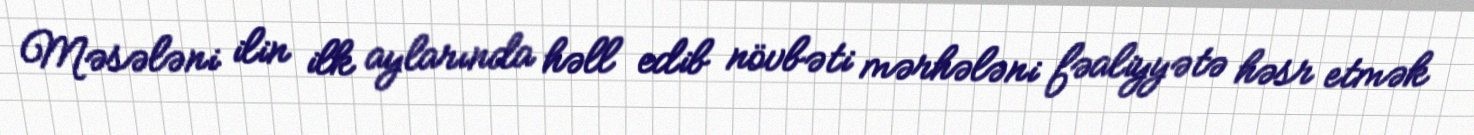
Məsələni ilin ilk aylarında həll edib növbəti mərhələni fəaliyyətə həsr etmək